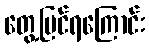
တွေ့မြင်ရကြောင်း